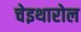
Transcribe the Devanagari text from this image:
चेइथारोल